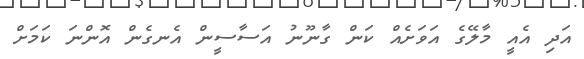
އަދި އެއީ މާލޭގެ އަވަށެއް ކަން ގާނޫނު އަސާސީން އެނގެން އޮންނަ ކަމަށް